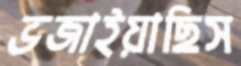
ভজাইয়াছিস